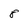
Character: 8